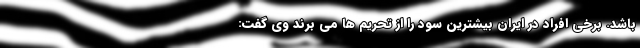
باشد. برخی افراد در ایران بیشترین سود را از تحریم ها می برند وی گفت: